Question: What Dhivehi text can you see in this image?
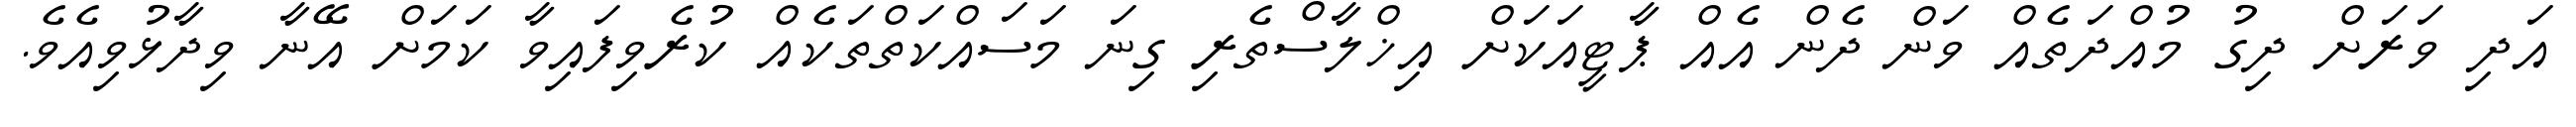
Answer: އަދި ވަރަށް ދިގު މުއްދަތެއް ވަން ދެން އެއް ޕާޓީއަކަށް އިޚްލާސްތެރި ގިނަ މަސައްކަތްތަކެއް ކުރެވިފައިވާ ކަމަށް އޭނާ ވިދާޅުވިއެވެ.